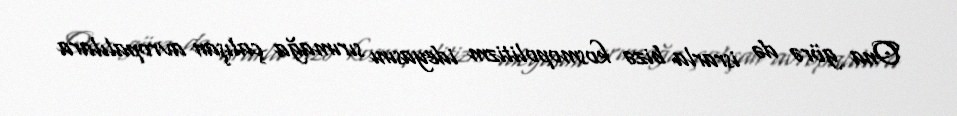
Ona görə də israrla bizə kosmopolitizm ideyasını sırımağa çalışan avropalılara